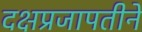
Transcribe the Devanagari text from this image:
दक्षप्रजापतीने